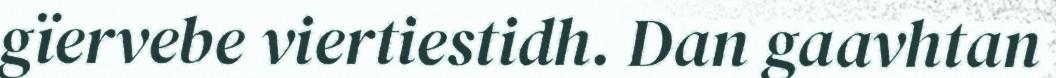
gïervebe viertiestidh. Dan gaavhtan